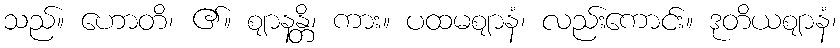
သည်။ ဟောတိ၊ ၏။ ဈာနန္တိ၊ ကား။ ပထမဈာနံ၊ လည်းကောင်း။ ဒုတိယဈာနံ၊